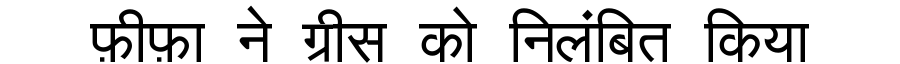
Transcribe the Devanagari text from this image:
फ़ीफ़ा ने ग्रीस को निलंबित किया